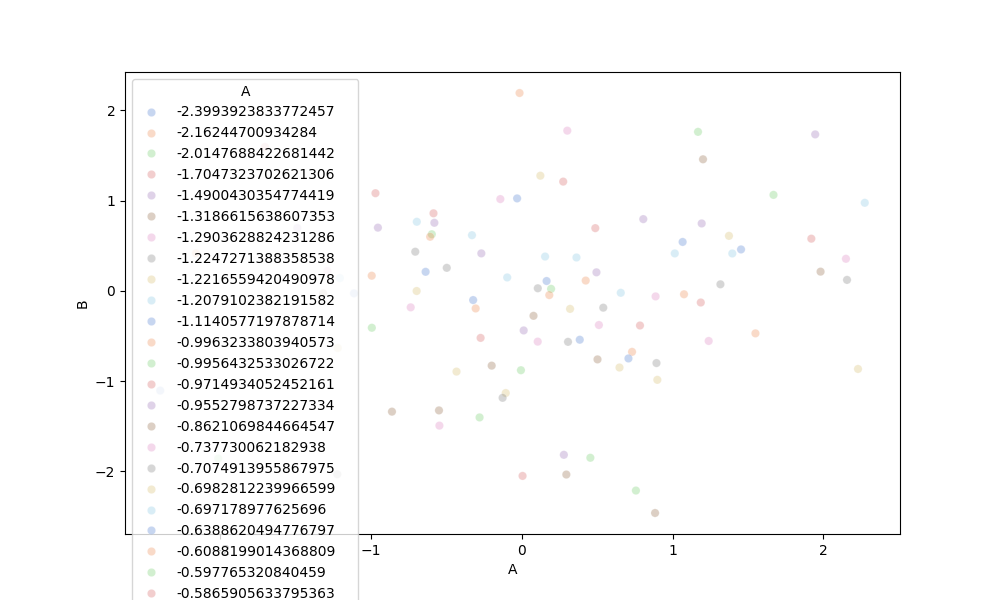
python, seaborn, scatterplot, hue='A', style='None', size='None', palette='muted', alpha=0.3